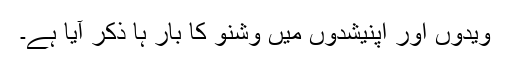
ویدوں اور اپنیشدوں میں وشنو کا بار ہا ذکر آیا ہے۔